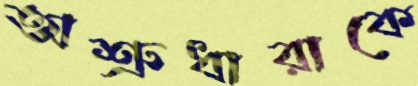
অশ্রুধারাকে